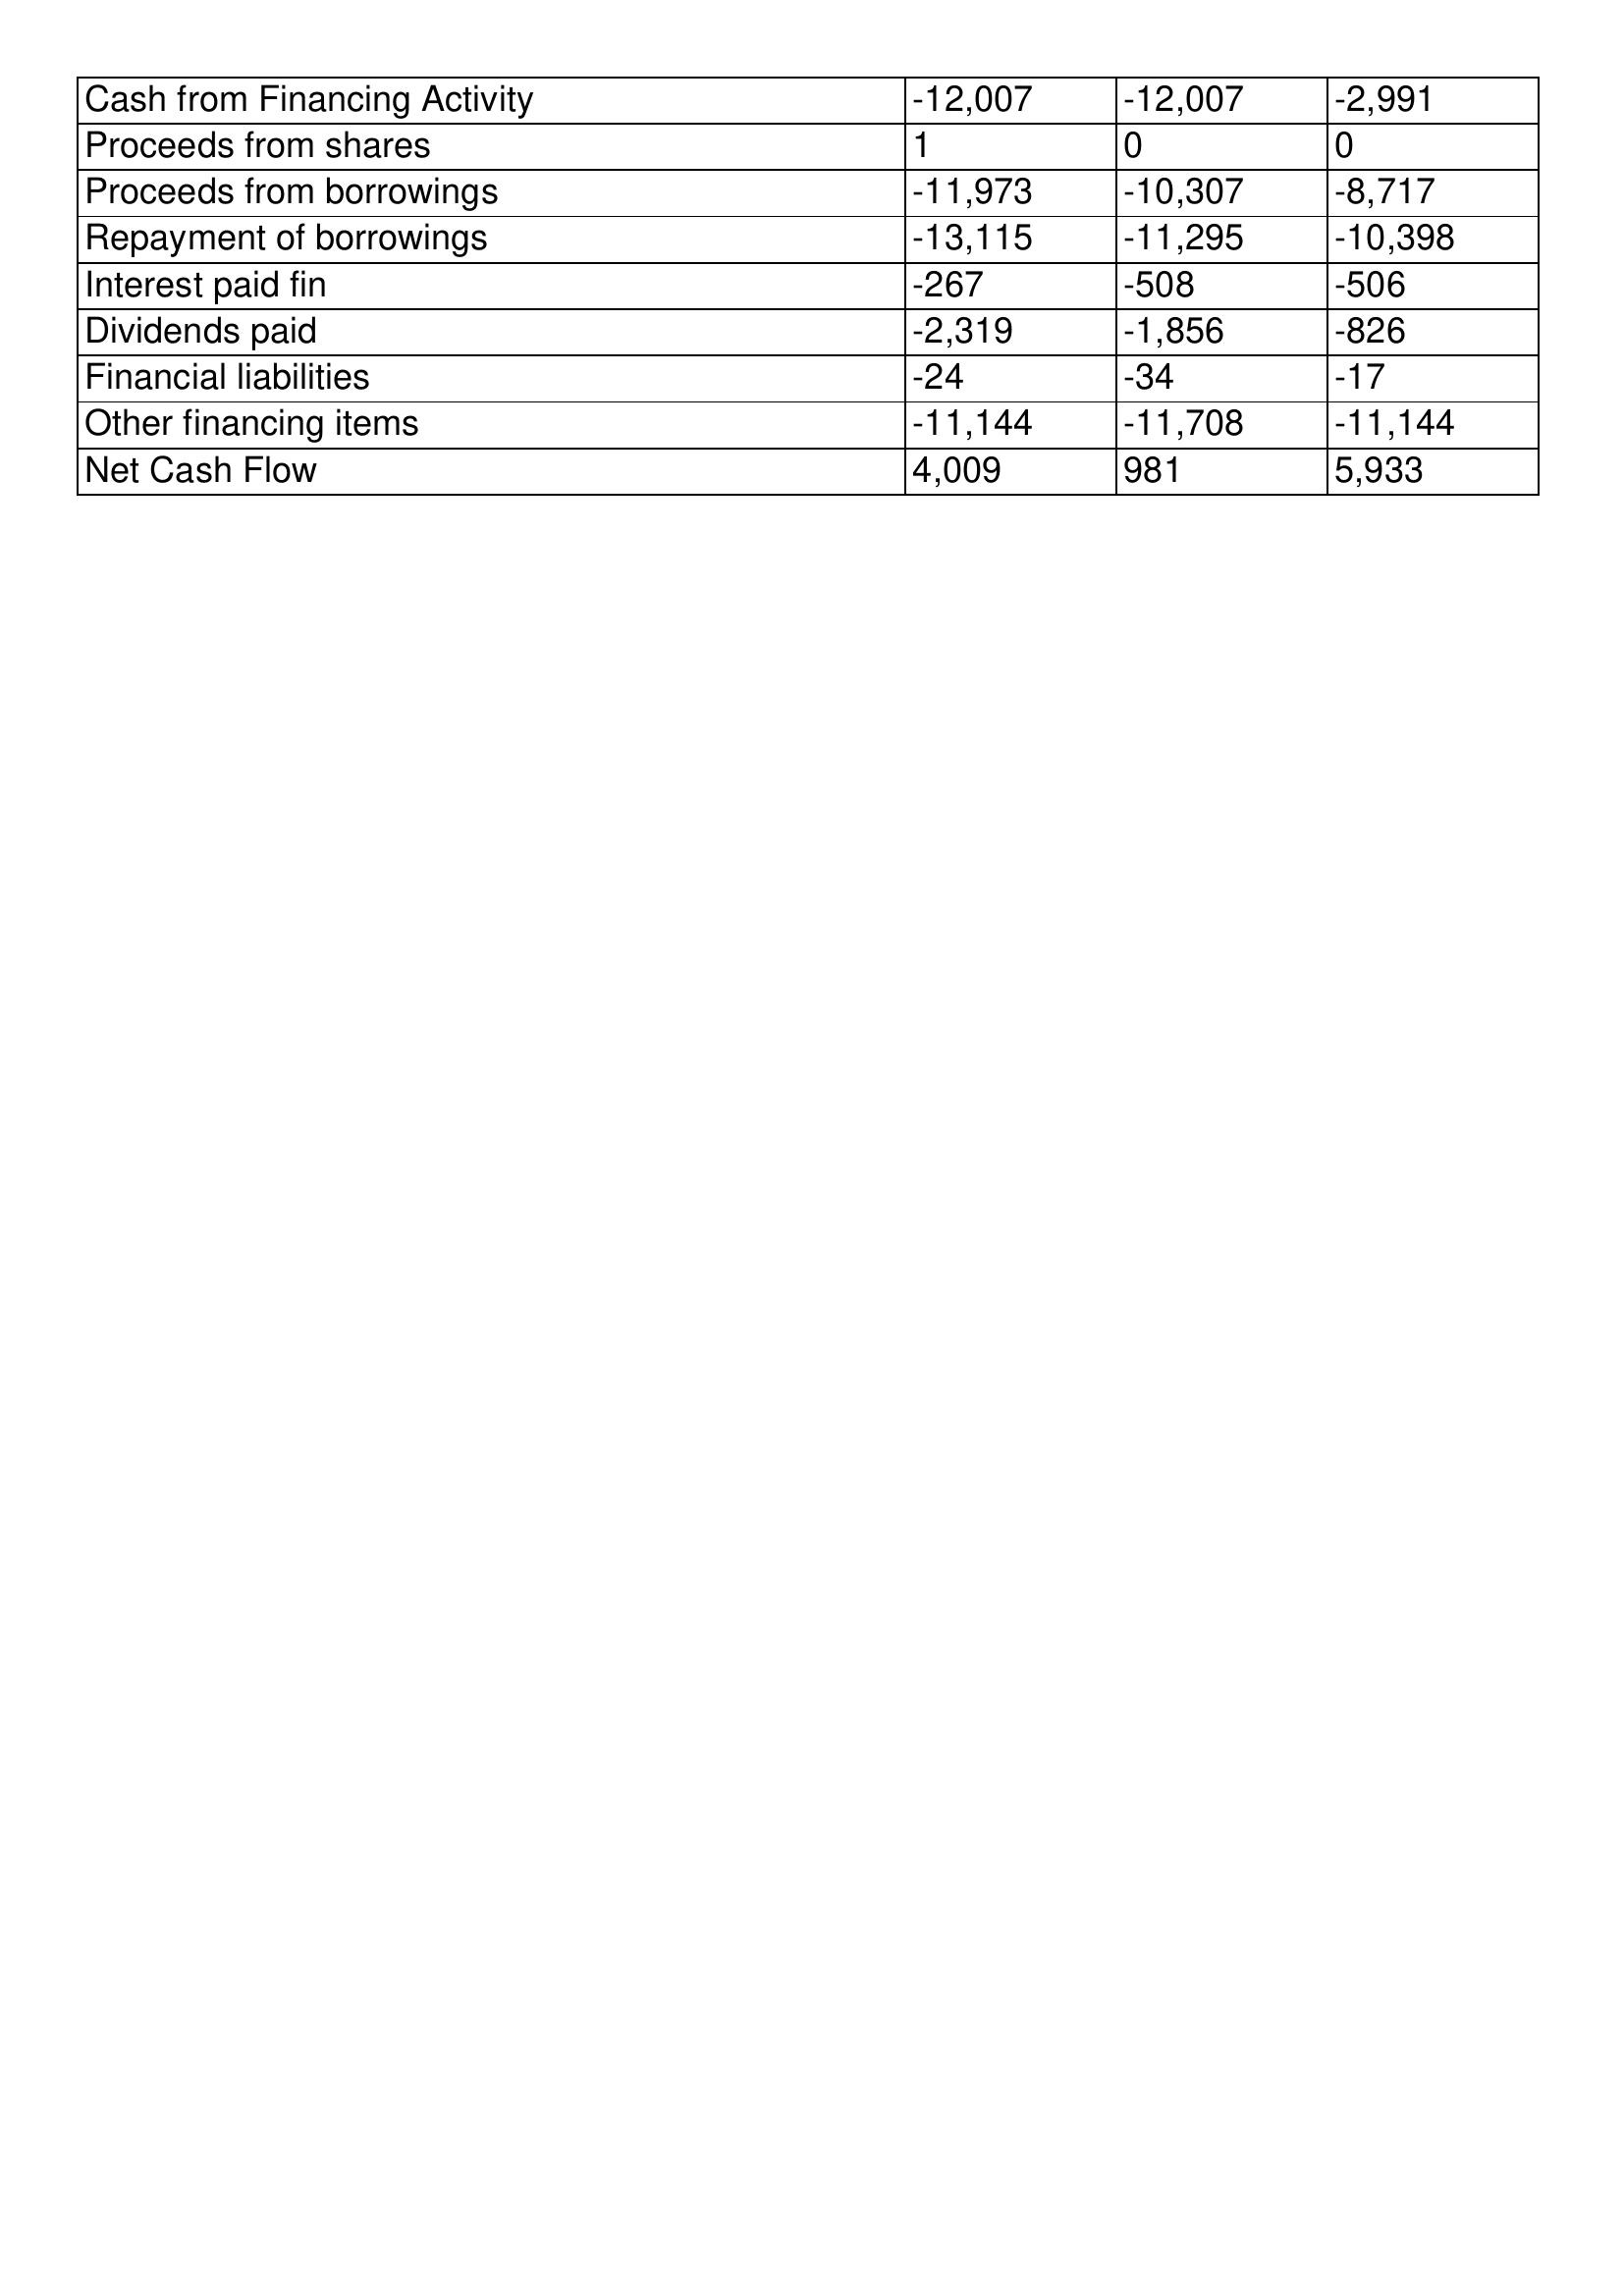
gt_parse: 1997: Cash Flows: Cash from Financing Activity: -12,007
Proceeds from shares: 1
Proceeds from borrowings: -11,973
Repayment of borrowings: -13,115
Interest paid fin: -267
Dividends paid: -2,319
Financial liabilities: -24
Other financing items: -11,144
Net Cash Flow: 4,009
1996: Cash Flows: Cash from Financing Activity: -12,007
Proceeds from shares: 0
Proceeds from borrowings: -10,307
Repayment of borrowings: -11,295
Interest paid fin: -508
Dividends paid: -1,856
Financial liabilities: -34
Other financing items: -11,708
Net Cash Flow: 981
1995: Cash Flows: Cash from Financing Activity: -2,991
Proceeds from shares: 0
Proceeds from borrowings: -8,717
Repayment of borrowings: -10,398
Interest paid fin: -506
Dividends paid: -826
Financial liabilities: -17
Other financing items: -11,144
Net Cash Flow: 5,933